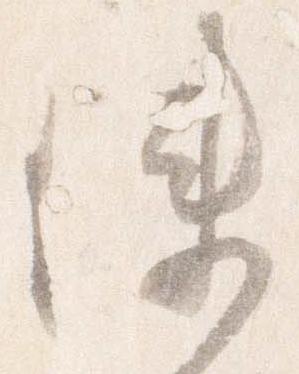
使